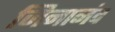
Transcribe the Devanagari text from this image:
जिनानंद